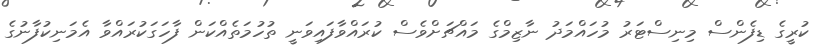
ކުރީގެ ޑިފެންސް މިނިސްޓަރު މުހައްމަދު ނާޒިމްގެ މައްޗަށްވެސް ކުރައްވާފައިވަނީ ތުހުމަތެއްކަން ފާހަގަކުރައްވާ އެމަނިކުފާނުގެ